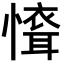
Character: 𢡐